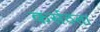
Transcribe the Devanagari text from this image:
कर्सठता